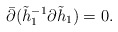
\begin{align*}\bar\partial(\tilde h^{-1}_1\partial\tilde h_1)=0.\end{align*}